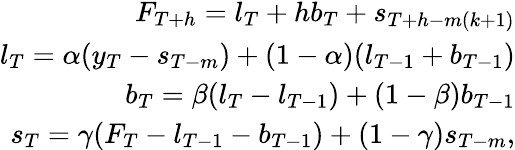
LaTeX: \begin{array}{r}{F_{T+h}=l_{T}+hb_{T}+s_{T+h-m(k+1)}}\\ {l_{T}=\alpha(y_{T}-s_{T-m})+(1-\alpha)(l_{T-1}+b_{T-1})}\\ {b_{T}=\beta(l_{T}-l_{T-1})+(1-\beta)b_{T-1}}\\ {s_{T}=\gamma(F_{T}-l_{T-1}-b_{T-1})+(1-\gamma)s_{T-m},}\end{array}